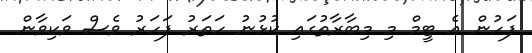
ފަހުން އެ ޓީމް މި މިބާރާތުގައި ކުޅުނު ހަތަރު ފަހަރު ވެސް ވަކިވާން